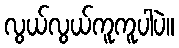
လွယ်လွယ်ကူကူပါပဲ။